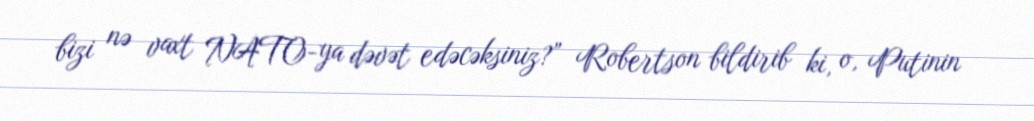
bizi nə vaxt NATO-ya dəvət edəcəksiniz?” Robertson bildirib ki, o, Putinin